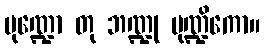
မုဏ္ဍော တု ဘဏ္ဍု မုဏ္ဍိကော။